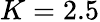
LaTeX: K=2.5